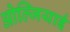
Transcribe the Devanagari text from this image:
ओल्जियाई